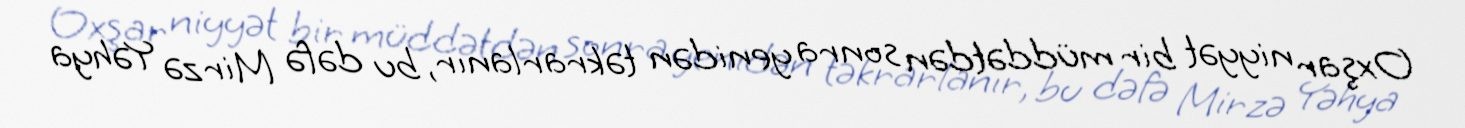
Oxşar niyyət bir müddətdən sonra yenidən təkrarlanır, bu dəfə Mirzə Yəhya